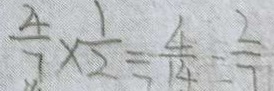
\frac { 4 } { 7 } \times \frac { 1 } { 2 } = \frac { 4 } { 1 4 } = \frac { 2 } { 7 }